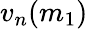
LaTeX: v_{n}(m_{1})